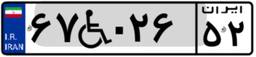
۶۷W۰۲۶۵۲